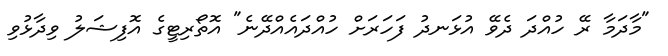
"މާދަމާ ރޭ ހުއްދަ ދެވޭ އުޅަނދު ފަހަރަށް ހުއްދައެއްދޭނެ" އޮތޯރިޓީގެ އޮފިޝަލު ވިދާޅުވި